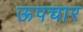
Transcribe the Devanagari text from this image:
ऊपचार